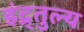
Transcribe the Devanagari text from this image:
इंद्र्तुल्य